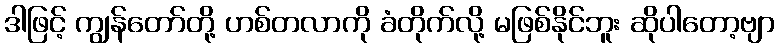
ဒါဖြင့် ကျွန်တော်တို့ ဟစ်တလာကို ခံတိုက်လို့ မဖြစ်နိုင်ဘူး ဆိုပါတော့ဗျာ